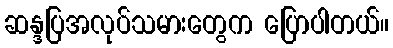
ဆန္ဒပြအလုပ်သမားတွေက ပြောပါတယ်။